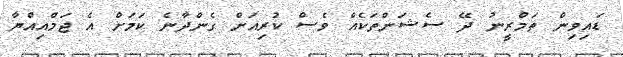
ޑައިވިން ތަމްރީނު ދޭ ސެޝަންތަކެއް ވެސް ކުރިއަށް ގެންދާނެ ކަމަށް އެ ޖަމްއިއްޔާ